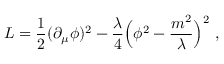
L = { \frac { 1 } { 2 } } ( \partial _ { \mu } \phi ) ^ { 2 } - { \frac { \lambda } { 4 } } \Bigl ( \phi ^ { 2 } - { \frac { m ^ { 2 } } { \lambda } } \Bigr ) ^ { 2 } \ ,